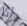
وأنا